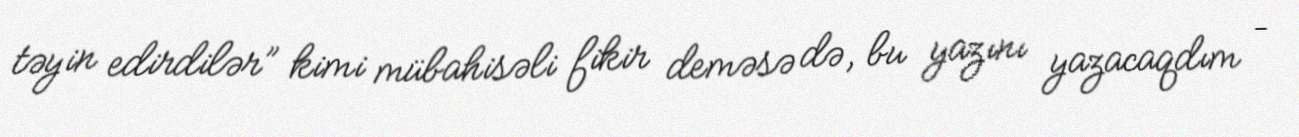
təyin edirdilər” kimi mübahisəli fikir deməsə də, bu yazını yazacaqdım –